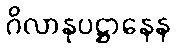
ဂိလာနုပဋ္ဌာနေန